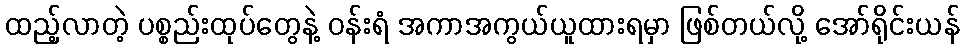
ထည့်လာတဲ့ ပစ္စည်းထုပ်တွေနဲ့ ဝန်းရံ အကာအကွယ်ယူထားရမှာ ဖြစ်တယ်လို့ အော်ရိုင်းယန်